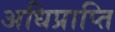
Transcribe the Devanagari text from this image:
अधिप्राप्‍ति